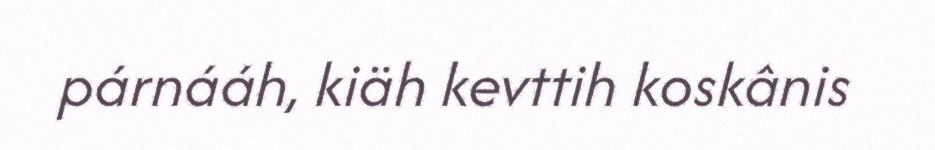
párnááh, kiäh kevttih koskânis